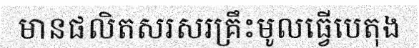
មានផលិតសរសរគ្រឹះមូលធ្វើបេតុង